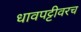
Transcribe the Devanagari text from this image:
धावपट्टीवरच